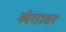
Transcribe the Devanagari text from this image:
व्यंगावर